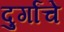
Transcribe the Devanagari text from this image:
दुर्गांचे